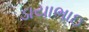
ડાયાભાઇ